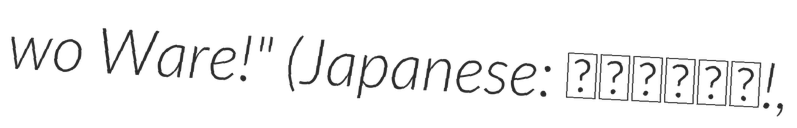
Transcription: wo Ware!" (Japanese: ガラスを割れ!,